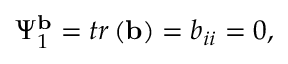
\Psi _ { 1 } ^ { \mathbf { b } } = t r \left( \mathbf { b } \right) = b _ { i i } = 0 ,